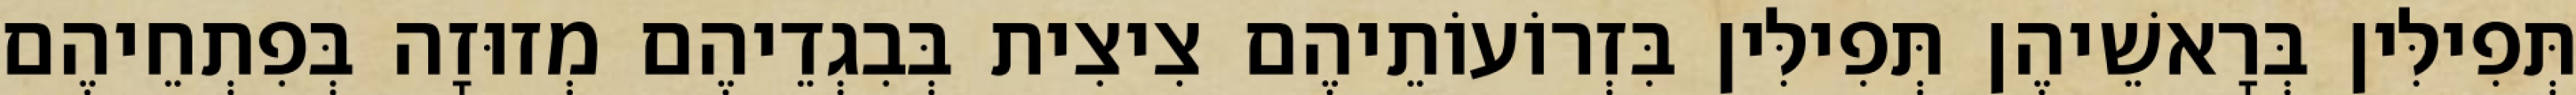
תְּפִילִּין בְּרָאשֵׁיהֶן תְּפִילִּין בִּזְרוֹעוֹתֵיהֶם צִיצִית בְּבִגְדֵיהֶם מְזוּזָה בְּפִתְחֵיהֶם